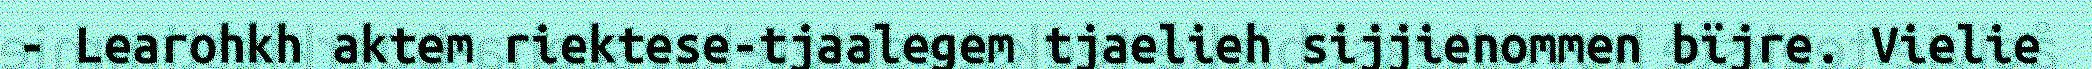
- Learohkh aktem riektese-tjaalegem tjaelieh sijjienommen bïjre. Vielie